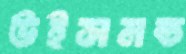
উইসমন্ড